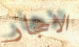
الاحجار